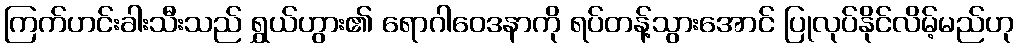
ကြက်ဟင်းခါးသီးသည် ရွှယ်ဟွား၏ ရောဂါဝေဒနာကို ရပ်တန့်သွားအောင် ပြုလုပ်နိုင်လိမ့်မည်ဟု